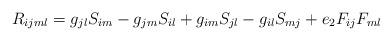
LaTeX: \begin{align*}R_{ijml}=g_{jl}S_{im}-g_{jm}S_{il}+g_{im}S_{jl}-g_{il}S_{mj}+e_{2}F_{ij}F_{ml}\end{align*}